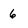
Character: 6